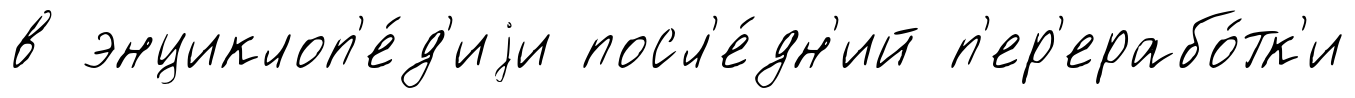
в энциклоп'е́д'иjи посл'е́дн'ий п'ер'ерабо́тк'и